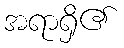
အရာရှိ၏